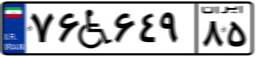
۷۶W۶۴۹۸۵